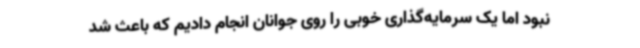
نبود اما یک سرمایه‌گذاری خوبی را روی جوانان انجام دادیم که باعث شد